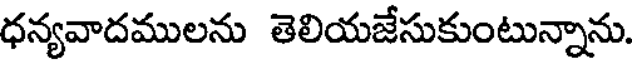
ధన్యవాదములను తెలియజేసుకుంటున్నాను.